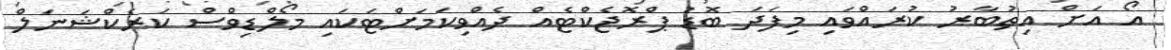
އޯ އަށް އިތުބާރު ކުރައްވައި މިފަދަ ބޮޑު ޕްރޮޖެކްޓެއް ދެއްވިކަމަށްޓަކައި މޯލްޑިވްސް ކަރެކްޝަނަލް